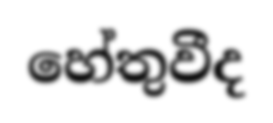
හේතුවීද